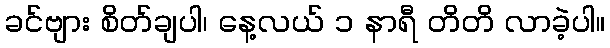
ခင်ဗျား စိတ်ချပါ၊ နေ့လယ် ၁ နာရီ တိတိ လာခဲ့ပါ။